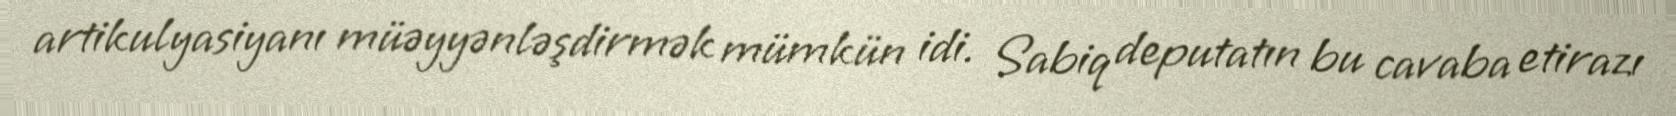
artikulyasiyanı müəyyənləşdirmək mümkün idi. Sabiq deputatın bu cavaba etirazı